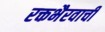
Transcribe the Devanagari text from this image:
रक्तभैरवाची